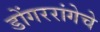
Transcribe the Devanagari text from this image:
डोंगररांगेचे